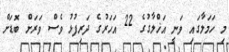
މި ހަމަލާގައި ވަނީ އަޚްލާގުގެ 22 އަހަރުގެ ދަރިފުޅު ވެސް ވަރަށް ބޮޑަށް